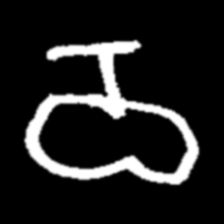
Pyu character \u2014 Myanmar letter: ဝ (romanized: wa)